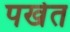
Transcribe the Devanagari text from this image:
पखेत